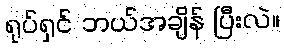
ရုပ်ရှင် ဘယ်အချိန် ပြီးလဲ။